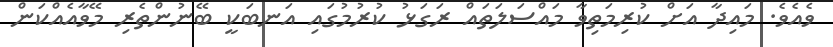
ވެއެވެ. މައިދާ އަށް ކުރިމަތިވާ މައްސަލަތައް ރަގަޅު ކުރުމުގައި އަނބަކީ ބޭނުންތެރި މޭވާއެއްކަން